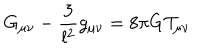
G _ { \mu \nu } - \frac 3 { l ^ { 2 } } g _ { \mu \nu } = 8 \pi G \mathcal { T } _ { \mu \nu }